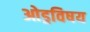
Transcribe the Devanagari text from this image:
ओड्रविषय